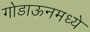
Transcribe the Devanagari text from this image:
गोडाऊनमध्ये